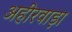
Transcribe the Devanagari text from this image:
अहीरवाड़ा